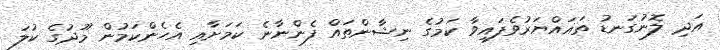
އަދި ލޮނުގަނޑު ތަޣައްޔަރުވެފައިވާ ކަމުގެ ނިޝާންތައް ފެންނާނެ ކަމަށާއި އެހެންކަމުން މޫދުގެ ކުލަ